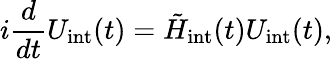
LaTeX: i\frac{d}{dt}U_{\mathrm{int}}(t)=\tilde{H}_{\mathrm{int}}(t)U_{\mathrm{int}}(t),